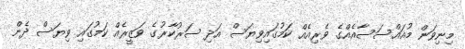
މިނިވަން މުއައްސަސާއެއްގެ ވެރިއެއް ކަމުގައިވިޔަސް އަދި ސަރުކާރުގެ ވަޒީރެއް ކަމުގައި ވިޔަސް ދެން